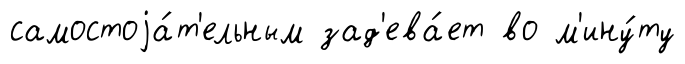
самостоjа́т'ельным зад'ева́ет во м'ину́ту